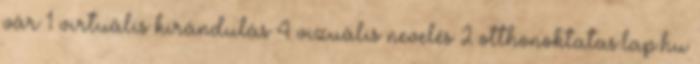
vár 1 virtuális kirándulás 4 vizuális nevelés 2 otthonoktatas.lap.hu